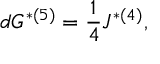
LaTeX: d G ^ { * ( 5 ) } = { \frac { 1 } { 4 } } J ^ { * ( 4 ) } ,